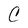
Character: C